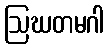
ဩဃတမဂါ